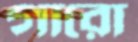
গারো